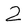
Character: 2